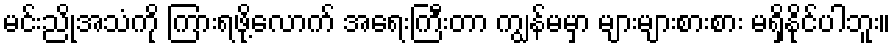
မင်းညိုအသံကို ကြားရဖို့လောက် အရေးကြီးတာ ကျွန်မမှာ များများစားစား မရှိနိုင်ပါဘူး။